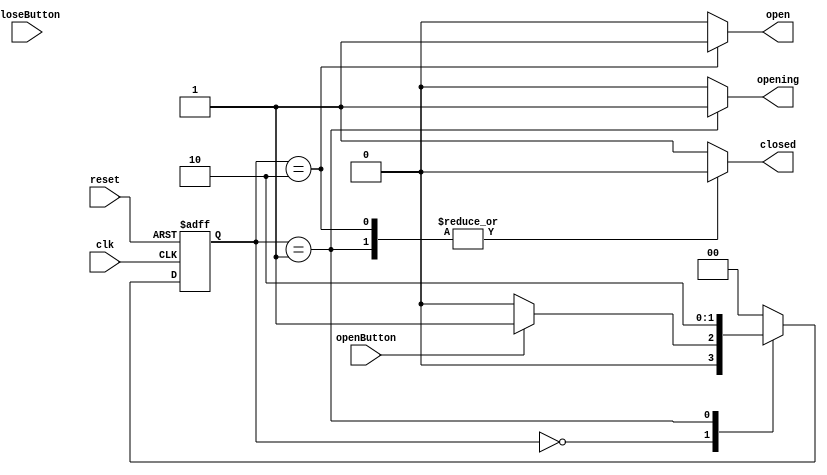
module fsm_module ( 
  input clk,
  input reset,
  input openButton,
  input closeButton,
  output reg closed,
  output reg opening,
  output reg open
);

  parameter CLOSED = 2'b00;
  parameter OPENING = 2'b01;
  parameter OPEN = 2'b10;

  reg [1:0] current_state;
  reg [1:0] next_state;

  always @(posedge clk or posedge reset) begin
    if (reset) begin
      current_state <= CLOSED;
    end else begin
      current_state <= next_state;
    end
  end

  always @(current_state, openButton, closeButton) begin
    case (current_state)
      CLOSED:
        begin
          closed   = 1;
          opening  = 0;
          open     = 0;
          next_state = CLOSED;
          if (openButton) begin
            #1 next_state = OPENING; //delay added here
          end
        end
      OPENING:
        begin
          closed   = 0;
          opening  = 1;
          open     = 0;
          next_state = OPEN;
        end
      OPEN:
        begin
          closed   = 0;
          opening  = 0;
          open     = 1;
          next_state = CLOSED;
          if (closeButton) begin
            #1 next_state = CLOSED; //delay added here
          end
        end
      default:
        begin
          closed   = 1;
          opening  = 0;
          open     = 0;
          next_state = CLOSED;
        end
    endcase
  end
endmodule